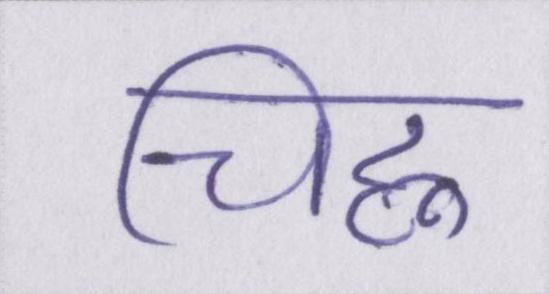
चिह्न